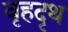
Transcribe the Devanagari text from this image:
वृहदृथ